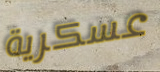
عسكرية